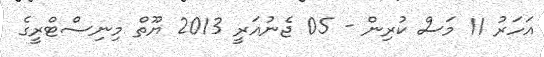
އަހަރު 11 މަސް ކުރިން - 05 ޖެނުއަރީ 2013 ޔޫތް މިނިސްޓްރީގެ